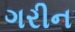
ગરીન